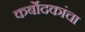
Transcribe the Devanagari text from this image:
कर्बोदकांचा